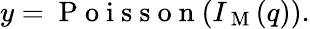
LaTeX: y=\mathrm{~P~o~i~s~s~o~n~}(I_{\mathrm{~M~}}(q)).